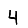
Digit: 4